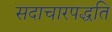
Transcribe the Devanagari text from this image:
सदाचारपद्धति